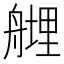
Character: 𱼼